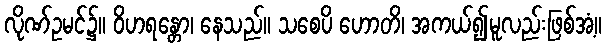
လိုဏ်ဥမင်၌။ ဝိဟရန္တော၊ နေသည်။ သစေပိ ဟောတိ၊ အကယ်၍မူလည်းဖြစ်အံ့။